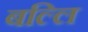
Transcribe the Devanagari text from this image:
बल्लि